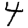
Digit: 4